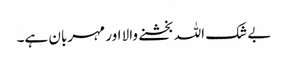
بے شک اللہ بخشنے والا اور مہربان ہے۔